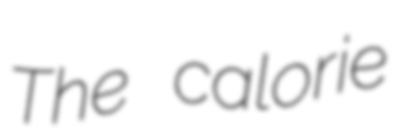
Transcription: The calorie